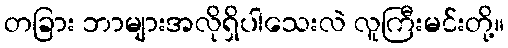
တခြား ဘာများအလိုရှိပါသေးလဲ လူကြီးမင်းတို့။